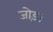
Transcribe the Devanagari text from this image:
जोड़।